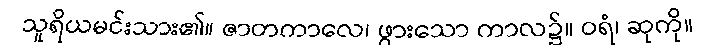
သူရိယမင်းသား၏။ ဇာတကာလေ၊ ဖွားသော ကာလ၌။ ဝရံ၊ ဆုကို။